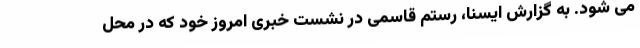
می شود. به گزارش ایسنا، رستم قاسمی در نشست خبری امروز خود که در محل